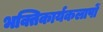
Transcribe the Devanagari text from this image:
भक्तिकार्यकलापों